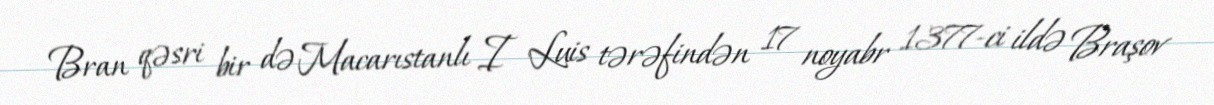
Bran qəsri bir də Macarıstanlı I Luis tərəfindən 17 noyabr 1377-ci ildə Braşov